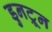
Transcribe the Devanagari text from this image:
डुनट्रून